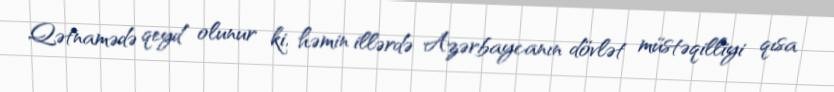
Qətnamədə qeyd olunur ki, həmin illərdə Azərbaycanın dövlət müstəqilliyi qısa